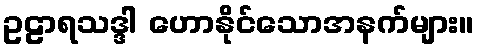
ဥဠာရသဒ္ဒါ ဟောနိုင်သောအနက်များ။